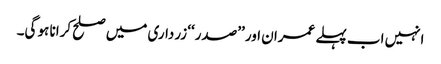
انہیں اب پہلے عمران اور ’’صدر‘‘ زرداری میں صلح کرانا ہو گی۔